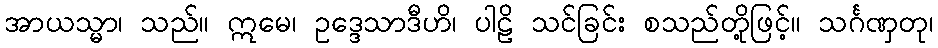
အာယသ္မာ၊ သည်။ ဣမေ၊ ဥဒ္ဒေသာဒီဟိ၊ ပါဠိ သင်ခြင်း စသည်တို့ဖြင့်။ သင်္ဂဏှတု၊